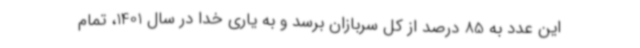
این عدد به 85 درصد از کل سربازان برسد و به یاری خدا در سال 1401، تمام